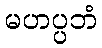
မဟပ္ပဘံ